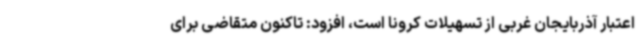
اعتبار آذربایجان غربی از تسهیلات کرونا است، افزود: تاکنون متقاضی برای